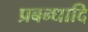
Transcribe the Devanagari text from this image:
प्रबन्धादि